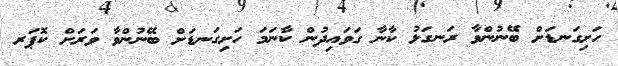
ހަށިގަނޑަށް ބޭނުންވާ ރަނގަޅު ކާނާ ގަވައިދުން ކާނަމަ ހަށިގަނޑަށް ބޭނުންވާ ވަރަށް ކޮޕަރ